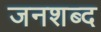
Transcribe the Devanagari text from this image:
जनशब्द